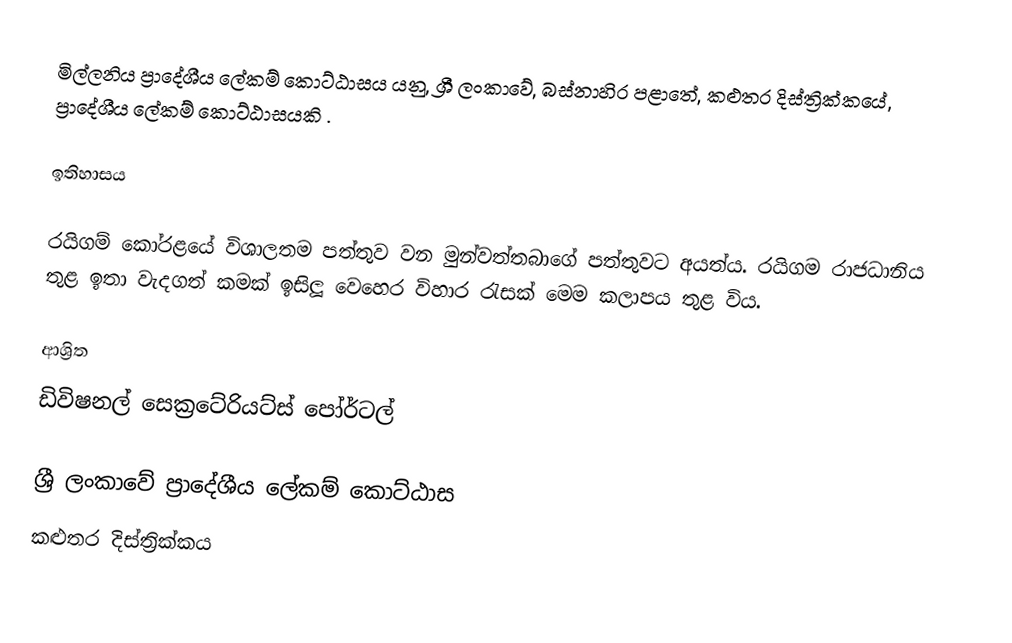
මිල්ලනිය ප්‍රාදේශීය ලේකම් කොට්ඨාසය යනු,  ශ්‍රී ලංකාවේ, බස්නාහිර පළාතේ,   කළුතර දිස්ත්‍රික්කයේ, ප්‍රාදේශීය ලේකම් කොට්ඨාසයකි .

ඉතිහාසය

රයිගම් කෝරළයේ විශාලතම පත්තුව වන මුන්වත්තබාගේ පත්තුවට අයත්ය. රයිගම රාජධානිය තුළ ඉතා වැදගත් කමක් ඉසිලූ වෙහෙර විහාර රැසක් මෙම කලාපය තුළ විය.

ආශ්‍රිත
 ඩිවිෂනල් සෙක්‍රටේරියට්ස් පෝර්ටල්

ශ්‍රී ලංකාවේ ප්‍රාදේශීය ලේකම් කොට්ඨාස
කළුතර දිස්ත්‍රික්කය